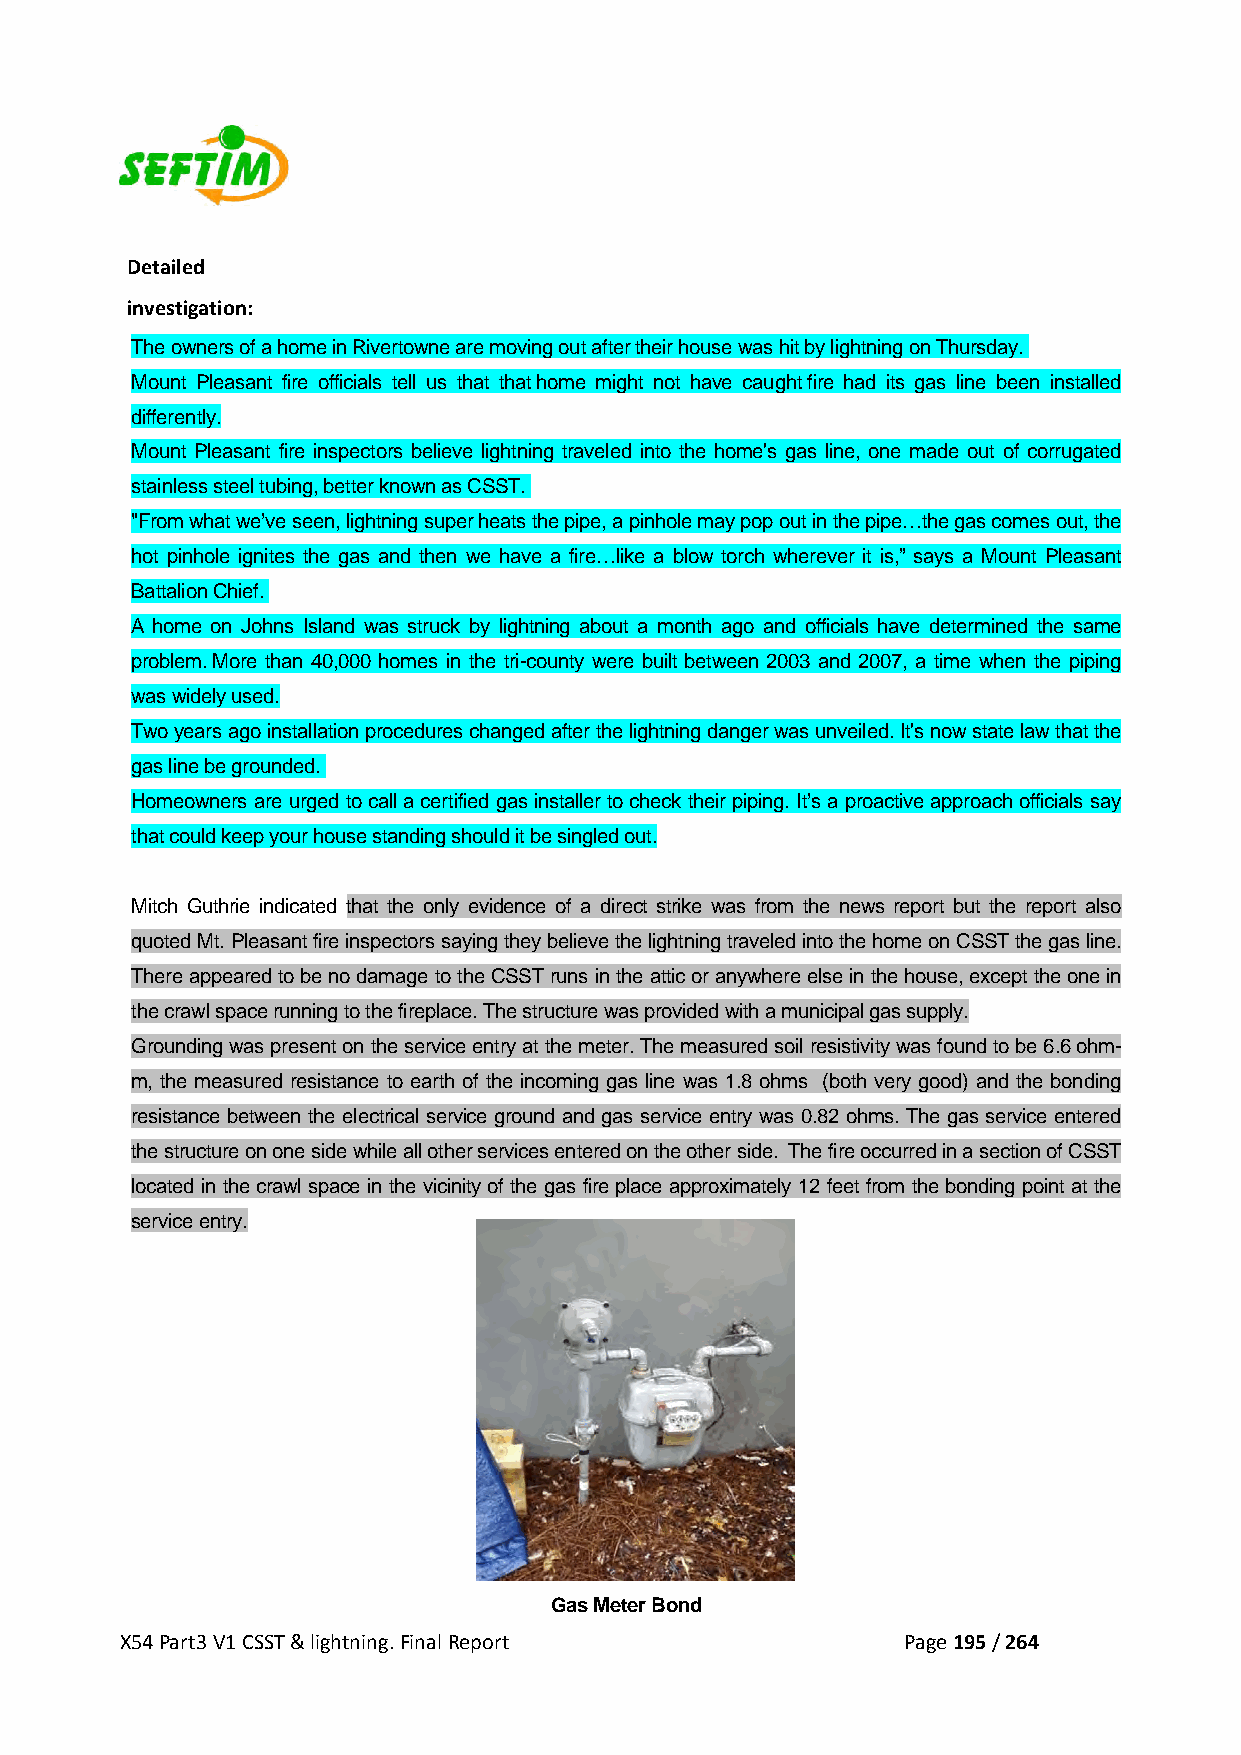
Detailed
 investigation:
 The owners of a home in Rivertowne are moving out after their house was hit by lightning on Thursday.
 Mount Pleasant fire officials tell us that that home might not have caught fire had its gas line been installed
 differently.
 Mount Pleasant fire inspectors believe lightning traveled into the home's gas line, one made out of corrugated
 stainless steel tubing, better known as CSST.
 "From what we’ve seen, lightning super heats the pipe, a pinhole may pop out in the pipe…the gas comes out, the
 hot pinhole ignites the gas and then we have a fire…like a blow torch wherever it is,” says a Mount Pleasant
 Battalion Chief.
 A home on Johns Island was struck by lightning about a month ago and officials have determined the same
 problem. More than 40,000 homes in the tri-county were built between 2003 and 2007, a time when the piping
 was widely used.
 Two years ago installation procedures changed after the lightning danger was unveiled. It's now state law that the
 gas line be grounded.
 Homeowners are urged to call a certified gas installer to check their piping. It’s a proactive approach officials say
 that could keep your house standing should it be singled out.
 Mitch Guthrie indicated that the only evidence of a direct strike was from the news report but the report also
 quoted Mt. Pleasant fire inspectors saying they believe the lightning traveled into the home on CSST the gas line.
 There appeared to be no damage to the CSST runs in the attic or anywhere else in the house, except the one in
 the crawl space running to the fireplace. The structure was provided with a municipal gas supply.
 Grounding was present on the service entry at the meter. The measured soil resistivity was found to be 6.6 ohm-
 m, the measured resistance to earth of the incoming gas line was 1.8 ohms (both very good) and the bonding
 resistance between the electrical service ground and gas service entry was 0.82 ohms. The gas service entered
 the structure on one side while all other services entered on the other side. The fire occurred in a section of CSST
 located in the crawl space in the vicinity of the gas fire place approximately 12 feet from the bonding point at the
 service entry.
 Gas Meter Bond
 X54 Part3 V1 CSST & lightning. Final Report         Page 195 / 264